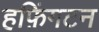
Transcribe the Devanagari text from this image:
हफ़िंगटन